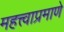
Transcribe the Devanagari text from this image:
महत्त्वाप्रमाणे